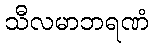
သီလမာဘရဏံ